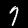
Digit: 7